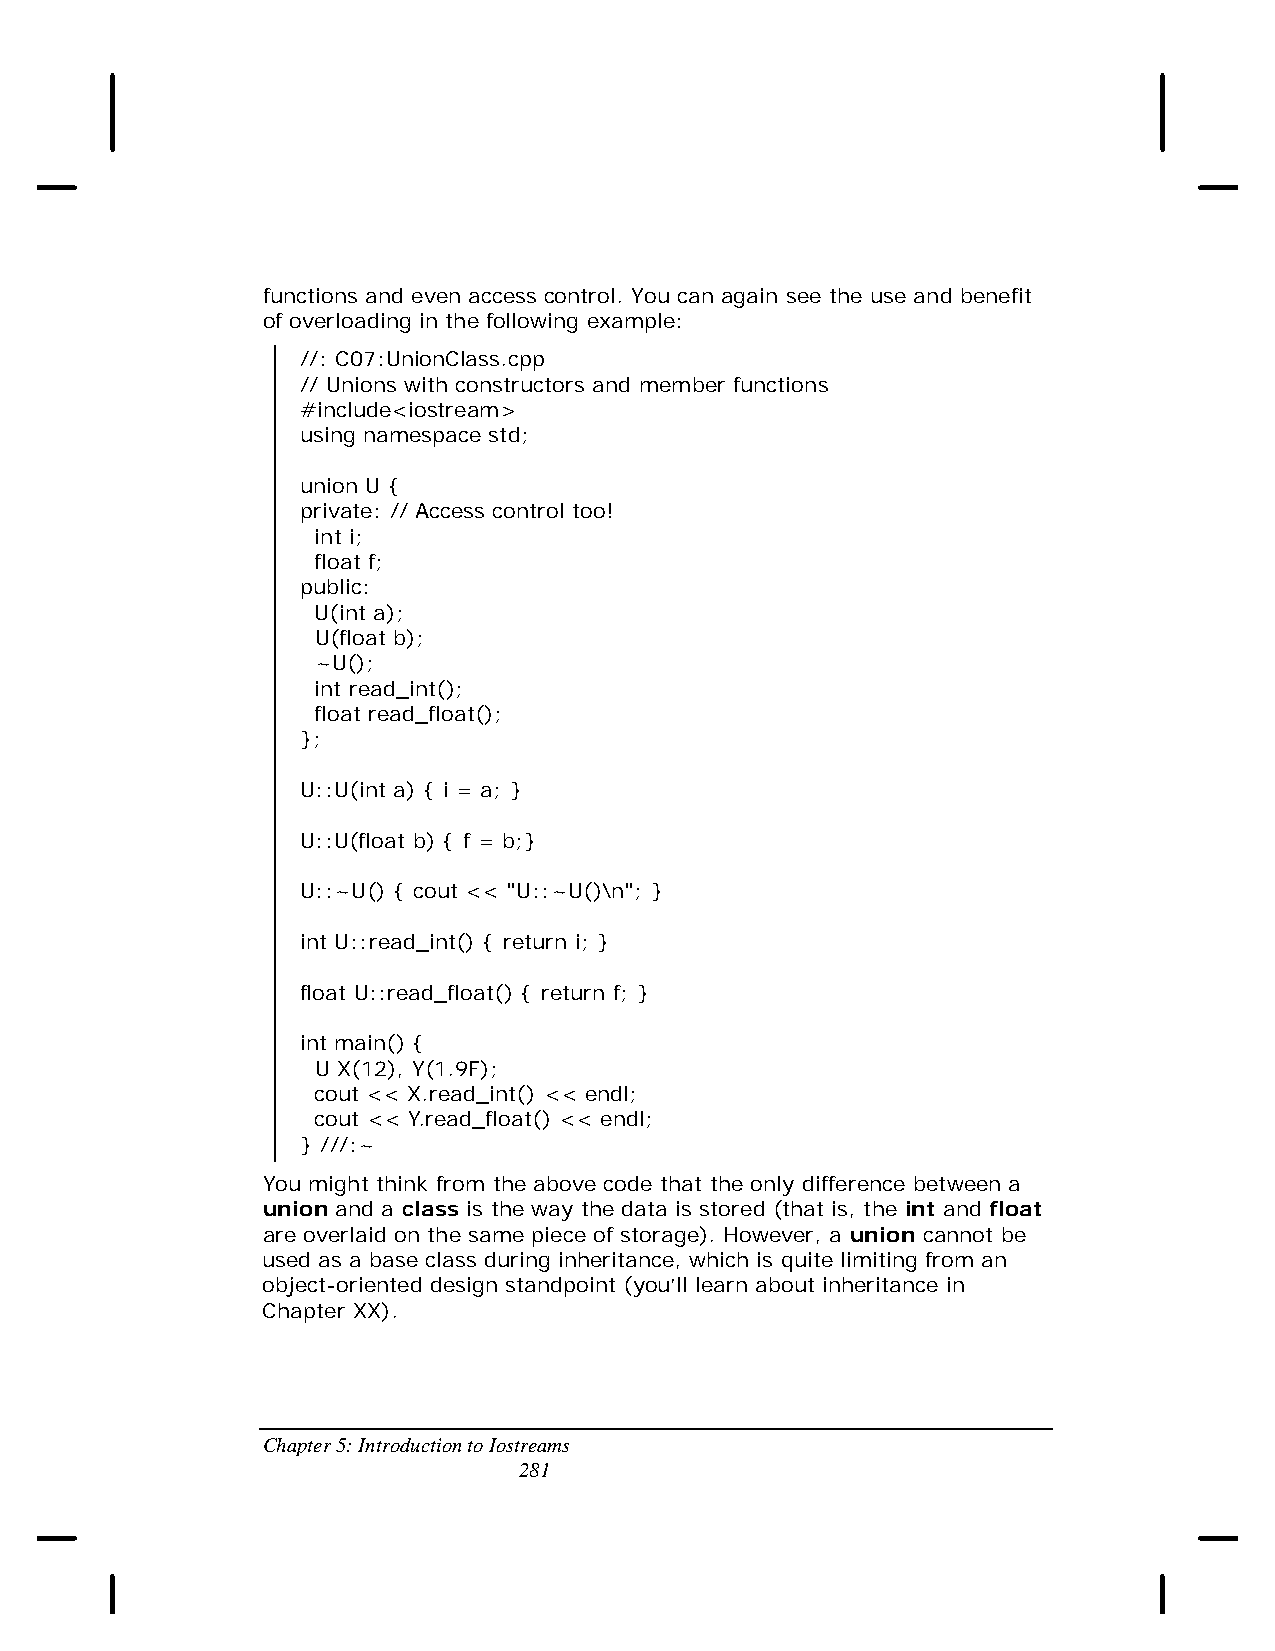
functions and even access control. You can again see the use and benefit
 of overloading in the following example:
 //: C07:UnionClass.cpp
 // Unions with constructors and member functions
 #include<iostream>
 using namespace std;
 union U {
 private: // Access control too!
 int i;
 float f;
 public:
 U(int a);
 U(float b);
 ~U();
 int read_int();
 float read_float();
 };
 U::U(int a) { i = a; }
 U::U(float b) { f = b;}
 U::~U() { cout << "U::~U()\n"; }
 int U::read_int() { return i; }
 float U::read_float() { return f; }
 int main() {
 U X(12), Y(1.9F);
 cout << X.read_int() << endl;
 cout << Y.read_float() << endl;
 } ///:~
 You might think from the above code that the only difference between a
 union and a class is the way the data is stored (that is, the int and float
 are overlaid on the same piece of storage). However, a union cannot be
 used as a base class during inheritance, which is quite limiting from an
 object-oriented design standpoint (you’ll learn about inheritance in
 Chapter XX).
 Chapter 5: Introduction to Iostreams
 281